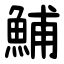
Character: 鯆